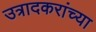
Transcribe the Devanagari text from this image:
उत्रादकरांच्या